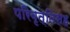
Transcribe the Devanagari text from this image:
परिवृत्तिसह